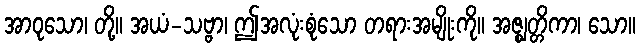
အာဝုသော၊ တို့။ အယံ-သဗ္ဗာ၊ ဤအလုံးစုံသော တရားအမျိုးကို။ အဇ္ဈတ္တိကာ၊ သော။